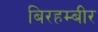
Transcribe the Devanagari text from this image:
बिरहम्बीर